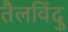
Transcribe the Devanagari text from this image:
तैलविंदु